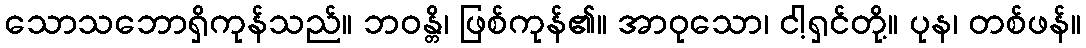
သောသဘောရှိကုန်သည်။ ဘဝန္တိ၊ ဖြစ်ကုန်၏။ အာဝုသော၊ ငါ့ရှင်တို့။ ပုန၊ တစ်ဖန်။